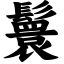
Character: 鬟